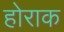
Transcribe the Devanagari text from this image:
होराक